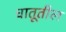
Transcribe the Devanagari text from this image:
धातूतील